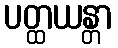
ပတ္ထယန္တာ